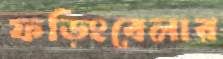
ফড়িংবেলার